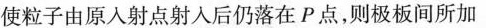
使粒子由原入射点射入后仍落在P点，则极板间所加